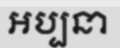
អប្បនា